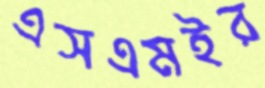
এসএমইর